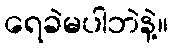
ရေခဲမပါဘဲနဲ့။